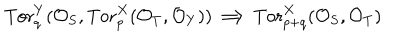
\mathrm { T o r } _ { q } ^ { Y } ( { \cal O } _ { S } , \mathrm { T o r } _ { p } ^ { X } ( { \cal O } _ { T } , { \cal O } _ { Y } ) ) \Longrightarrow \mathrm { T o r } _ { p + q } ^ { X } ( { \cal O } _ { S } , { \cal O } _ { T } )